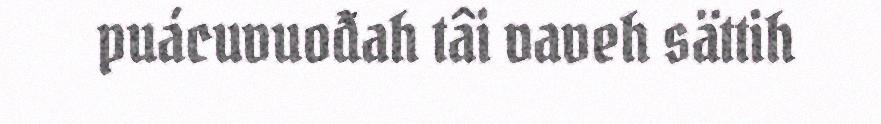
puácuvuođah tâi vaveh sättih